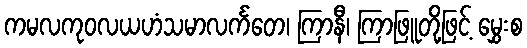
ကမလကုဝလယဟံသမာလင်္ကတေ၊ ကြာနီ၊ ကြာဖြူတို့ဖြင့် မွှေးစ